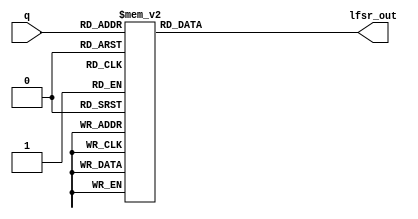



module lfsr_counter(
    output reg[3:0]lfsr_out,
    input [3:0]q
    );
    
    always@*
    begin
      
         
         case(q)
         4'b0000:lfsr_out=4'b0000;
         4'b0001:lfsr_out=4'b1000;
         4'b0010:lfsr_out=4'b1100;
         4'b0011:lfsr_out=4'b1110;
         4'b0100:lfsr_out=4'b0111;
         4'b0101:lfsr_out=4'b1011;
         4'b0110:lfsr_out=4'b1101;
         4'b0111:lfsr_out=4'b0110;
         4'b1000:lfsr_out=4'b0011;
         4'b1001:lfsr_out=4'b1001;
         4'b1010:lfsr_out=4'b0100;
         default:lfsr_out=4'b0000;
         endcase
     end
   
     
         
       
endmodule